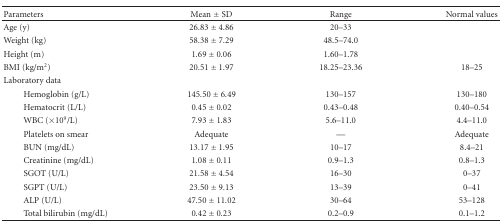
<table><thead><tr><td><b>Parameters</b></td><td><b>Mean ± SD</b></td><td><b>Range</b></td><td><b>Normal values</b></td></tr></thead><tbody><tr><td>Age (y)</td><td>26.83 ± 4.86</td><td>20–33</td><td></td></tr><tr><td>Weight (kg)</td><td>58.38 ± 7.29</td><td>48.5–74.0</td><td></td></tr><tr><td>Height (m)</td><td>1.69 ± 0.06</td><td>1.60–1.78</td><td></td></tr><tr><td>BMI (kg/m<sup>2</sup>)</td><td>20.51 ± 1.97</td><td>18.25–23.36</td><td>18–25</td></tr><tr><td>Laboratory data</td><td></td><td></td><td></td></tr><tr><td>Hemoglobin (g/L)</td><td>145.50 ± 6.49</td><td>130–157</td><td>130–180</td></tr><tr><td>Hematocrit (L/L)</td><td>0.45 ± 0.02</td><td>0.43–0.48</td><td>0.40–0.54</td></tr><tr><td>WBC (×10<sup>9</sup>/L)</td><td>7.93 ± 1.83</td><td>5.6–11.0</td><td>4.4–11.0</td></tr><tr><td>Platelets on smear</td><td>Adequate</td><td>—</td><td>Adequate</td></tr><tr><td>BUN (mg/dL)</td><td>13.17 ± 1.95</td><td>10–17</td><td>8.4–21</td></tr><tr><td>Creatinine (mg/dL)</td><td>1.08 ± 0.11</td><td>0.9–1.3</td><td>0.8–1.3</td></tr><tr><td>SGOT (U/L)</td><td>21.58 ± 4.54</td><td>16–30</td><td>0–37</td></tr><tr><td>SGPT (U/L)</td><td>23.50 ± 9.13</td><td>13–39</td><td>0–41</td></tr><tr><td>ALP (U/L)</td><td>47.50 ± 11.02</td><td>30–64</td><td>53–128</td></tr><tr><td>Total bilirubin (mg/dL)</td><td>0.42 ± 0.23</td><td>0.2–0.9</td><td>0.1–1.2</td></tr></tbody></table>